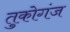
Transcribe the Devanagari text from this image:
तुकोगंज